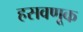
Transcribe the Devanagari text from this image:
हसवणूक